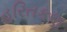
હરિતકણ